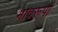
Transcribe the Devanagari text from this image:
भावरूपों